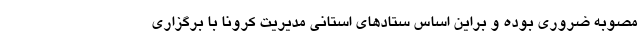
مصوبه ضروری بوده و براین اساس ستادهای استانی مدیریت کرونا با برگزاری